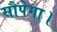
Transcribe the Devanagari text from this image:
सौपेगा।